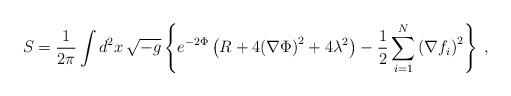
LaTeX: \begin{align*}S={1\over2\pi}\int d^2x\,\sqrt{-g}\left\{e^{-2\Phi}\left(R+4{\left(\nabla\Phi\right)}^2+4\lambda^2\right)-{1\over2}\sum_{i=1}^{N}{\left(\nabla f_i\right)}^2\right\}\;,\end{align*}